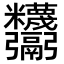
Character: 𩱸